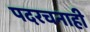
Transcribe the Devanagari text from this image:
पदरचनाही